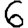
Digit: 6